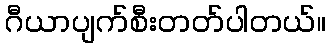
ဂီယာပျက်စီးတတ်ပါတယ်။